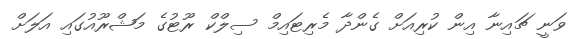
ވަނީ ޗައިނާ އިން ކުރިއަށް ގެންދާ މެރިޓައިމް ސިލްކް ރޫޓުގެ މަޝްރޫއުގައި އަލަށް